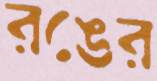
রঙের